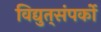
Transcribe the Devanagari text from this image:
विद्युत्‌संपर्को